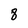
Character: 8